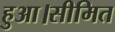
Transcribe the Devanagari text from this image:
हुआ।सीमित